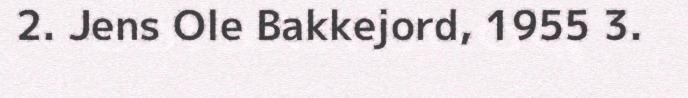
2. Jens Ole Bakkejord, 1955 3.